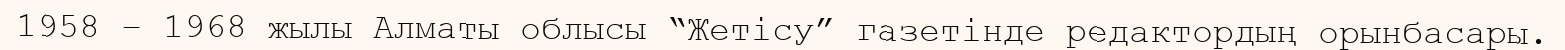
1958 – 1968 жылы Алматы облысы “Жетісу” газетінде редактордың орынбасары.